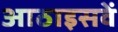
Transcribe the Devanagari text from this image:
आठाइसवें